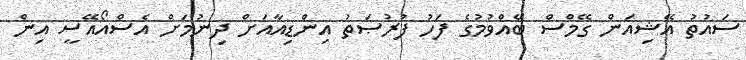
ސައުތު އޭޝިއަން ގޭމްސް ބޭއްވުމުގެ ފަހު ފުރުޞަތު އިންޑިއާއަށް ދިނުމަށް އެސްއޯއޭސީ އިން